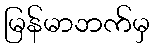
မြန်မာဘက်မှ